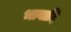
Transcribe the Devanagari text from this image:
भावादि